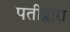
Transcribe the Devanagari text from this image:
पतीद्वारा